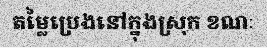
តម្លៃប្រេងនៅក្នុងស្រុក ខណៈ